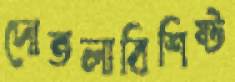
দোতলাবিশিষ্ট